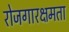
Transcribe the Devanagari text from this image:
रोजगारक्षमता